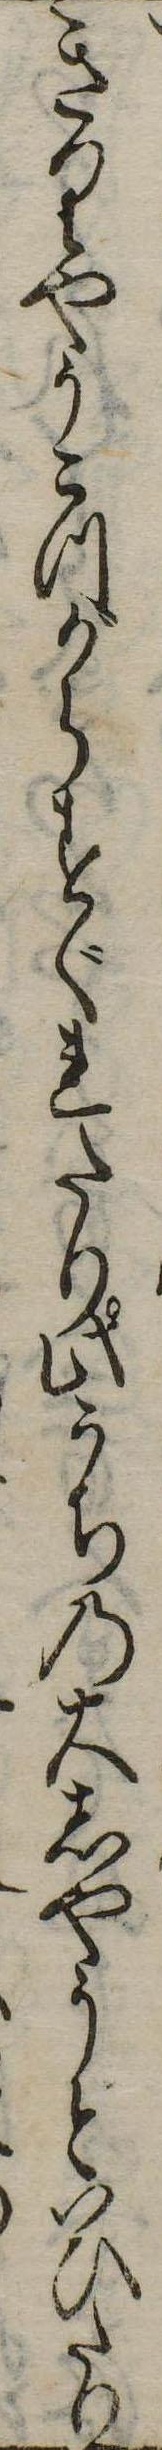
きりやうこつがらすぐれたり此うちの大しやうといひたり